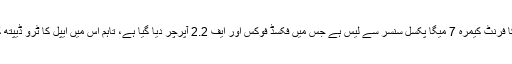
آئی فون ایکس ایس میکس (81 پوائنٹس) گزشتہ سال ستمبر میں سامنے آنے والے اس فون کا فرنٹ کیمرہ 7 میگا پکسل سنسر سے لیس ہے جس میں فکسڈ فوکس اور ایف 2.2 آپرچر دیا گیا ہے، تاہم اس میں ایپل کا ٹرو ڈیپتھ کیمرا سسٹم بھی دیا گیا ہے جو کہ کسی منظر کی تفصیلات اور دھندلے پن کو بہتر بناتا ہے۔